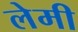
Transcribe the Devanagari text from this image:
लेमी